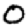
Digit: 0